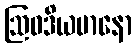
ဩဝဒိယမာနော